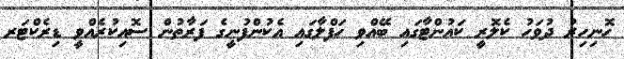
ހޮނިހިރު ދުވަހު ކެލޮރީ ކައުންޓާގައި ބޭއްވި ހަފްލާގައި އެކުންފުނީގެ ފަރާތުން ސޮއިކުރެއްވީ ޑިރެކްޓަރ